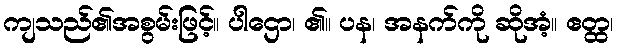
ကျသည်၏အစွမ်းဖြင့်။ ပါဌော၊ ၏။ ပန၊ အနက်ကို ဆိုအံ့။ ဧတ္ထ၊